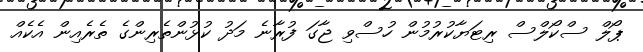
ޕޯލް ސްކޯލްސް ރިޓަޔާކުރުމުން ހުސްވި ޖާގަ ފުރާނެ މަދު ކުޅުންތެރިންގެ ތެރެއިން އެކެއް